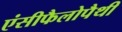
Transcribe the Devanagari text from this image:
एंसीफैलोपैथी